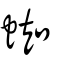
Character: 蜘